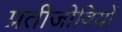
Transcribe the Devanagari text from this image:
प्रतीजीवियों